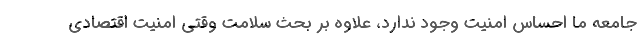
جامعه ما احساس امنیت وجود ندارد، علاوه بر بحث سلامت وقتی امنیت اقتصادی